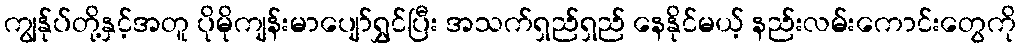
ကျွန်ုပ်တို့နှင့်အတူ ပိုမိုကျန်းမာပျော်ရွှင်ပြီး အသက်ရှည်ရှည် နေနိုင်မယ့် နည်းလမ်းကောင်းတွေကို